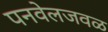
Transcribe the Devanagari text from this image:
पनवेलजवळ